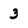
Character: 3